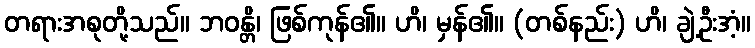
တရားအစုတို့သည်။ ဘဝန္တိ၊ ဖြစ်ကုန်၏။ ဟိ၊ မှန်၏။ (တစ်နည်း) ဟိ၊ ချဲ့ဦးအံ့။